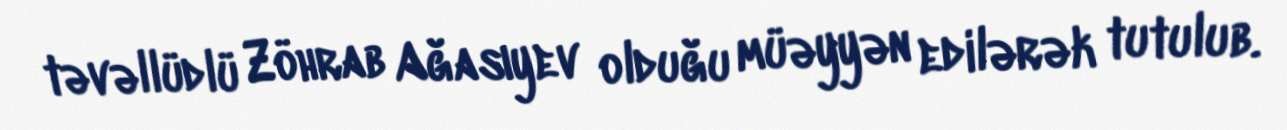
təvəllüdlü Zöhrab Ağasıyev olduğu müəyyən edilərək tutulub.